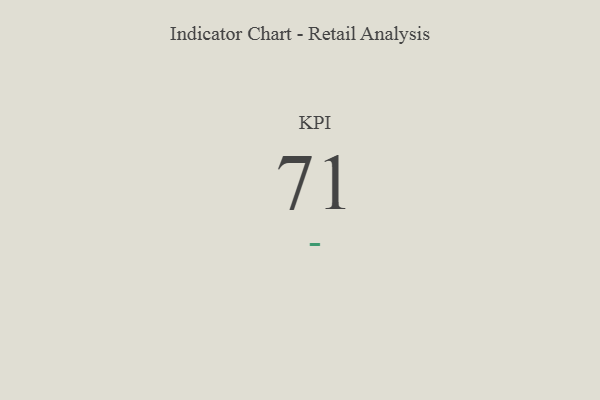
{"axis": {"x": "KPI", "y": "Value"}, "legend": [""], "data": [{"x": "KPI", "y": 71, "type": ""}]}